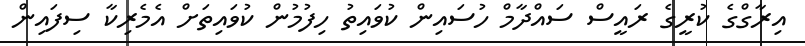
އިރާގްގެ ކުރީގެ ރައީސް ސައްދާމް ހުސައިން ކުވައިތު ހިފުމުން ކުވައިތަށް އެމެރިކާ ސިފައިން